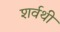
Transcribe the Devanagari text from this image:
शर्वथी